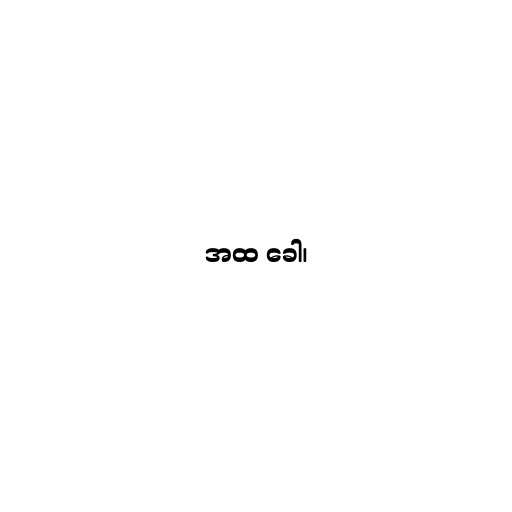
အထ ခေါ၊